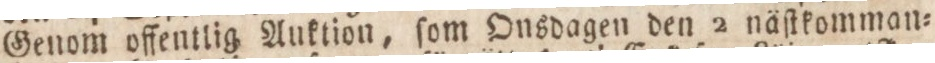
Genom offentlig Auktion, ſom Onsdagen den 2 näſtkomman=